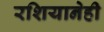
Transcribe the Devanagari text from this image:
रशियानेही